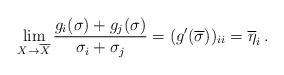
LaTeX: \begin{align*}\lim_{X\to \overline{X}}\frac{g_{i}(\sigma)+g_{j}(\sigma)}{\sigma_{i}+\sigma_{j}}=(g'(\overline{\sigma}))_{ii}=\overline{\eta}_{i}\,.\end{align*}